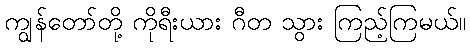
ကျွန်တော်တို့ ကိုရီးယား ဂီတ သွား ကြည့်ကြမယ်။